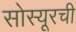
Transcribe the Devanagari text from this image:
सोस्यूरची